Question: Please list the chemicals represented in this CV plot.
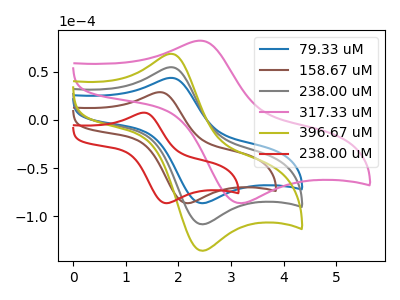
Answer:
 <answer>The blue curve is labeled "79.33 uM". The brown curve is labeled "158.67 uM". The gray curve is labeled "238.00 uM". The pink curve is labeled "317.33 uM". The olive curve is labeled "396.67 uM". The red curve is labeled "238.00 uM".</answer>
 <eval></eval>